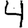
Digit: 4